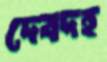
দেবদহ